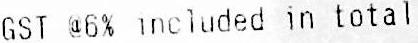
GST @6% INCLUDED IN TOTAL